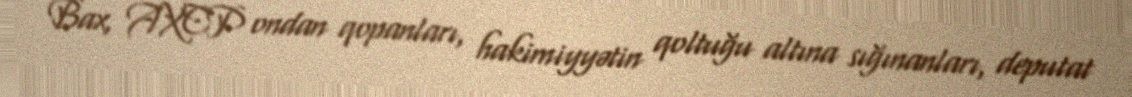
Bax, AXCP ondan qopanları, hakimiyyətin qoltuğu altına sığınanları, deputat